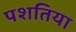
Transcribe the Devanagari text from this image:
पशतिया